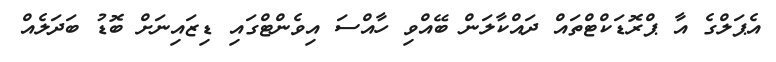
އެޕަލްގެ އާ ޕްރޮޑަކްޓްތައް ދައްކާލަން ބޭއްވި ހާއްސަ އިވެންޓްގައި ޑިޒައިނަށް ބޮޑު ބަދަލެއް